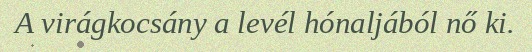
A virágkocsány a levél hónaljából nő ki.